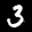
Label: 3